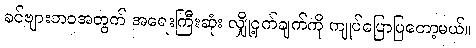
ခင်ဗျားဘဝအတွက် အရေးကြီးဆုံး လျှို့ဝှက်ချက်ကို ကျုပ်ပြောပြတော့မယ်။